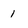
Character: 1